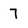
Character: 7